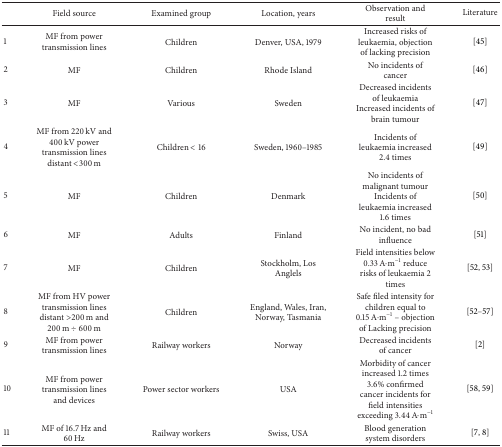
|  | Field source | Examined group | Location, years | Observation and result | Literature |
 | --- | --- | --- | --- | --- | --- |
 | 1 | MF from power transmission lines | Children | Denver, USA, 1979 | Increased risks of leukaemia, objection of lacking precision | [45] |
 | 2 | MF | Children | Rhode Island | No incidents of cancer | [46] |
 | 3 | MF | Various | Sweden | Decreased incidents of leukaemiaIncreased incidents of brain tumour | [47] |
 | 4 | MF from 220 kV and 400 kV power transmission lines distant <300 m | Children < 16 | Sweden, 1960–1985 | Incidents of leukaemia increased 2.4 times | [49] |
 | 5 | MF | Children | Denmark | No incidents of malignant tumourIncidents of leukaemia increased 1.6 times | [50] |
 | 6 | MF | Adults | Finland | No incident, no bad influence | [51] |
 | 7 | MF | Children | Stockholm, Los Anglels | Field intensities below 0.33 A·m−1 reduce risks of leukaemia 2 times | [52, 53] |
 | 8 | MF from HV power transmission lines distant >200 m and 200 m ÷ 600 m | Children | England, Wales, Iran, Norway, Tasmania | Safe filed intensity for children equal to 0.15 A·m−1 – objection of Lacking precision | [52–57] |
 | 9 | MF from power transmission lines | Railway workers | Norway | Decreased incidents of cancer | [2] |
 | 10 | MF from power transmission lines and devices | Power sector workers | USA | Morbidity of cancer increased 1.2 times3.6% confirmed cancer incidents for field intensities exceeding 3.44 A·m−1 | [58, 59] |
 | 11 | MF of 16.7 Hz and 60 Hz | Railway workers | Swiss, USA | Blood generation system disorders | [7, 8] |